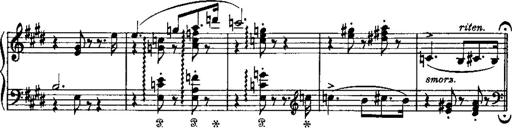
Title: LiebestrÃ¤ume
Composer: Franz Behr
Key: E-flat major